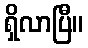
ရှိလာပြီ။